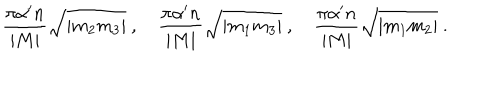
\frac { \pi \alpha ^ { \prime } n } { | M | } \sqrt { | m _ { 2 } m _ { 3 } | } \ , \quad \frac { \pi \alpha ^ { \prime } n } { | M | } \sqrt { | m _ { 1 } m _ { 3 } | } \ , \quad \frac { \pi \alpha ^ { \prime } n } { | M | } \sqrt { | m _ { 1 } m _ { 2 } | } \ .